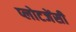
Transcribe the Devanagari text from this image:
प्लोटजेंसी